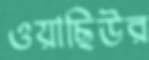
ওয়াছিউর